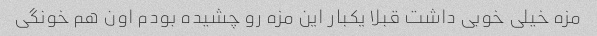
مزه خیلی خوبی داشت قبلا یکبار این مزه رو چشیده بودم اون هم خونگی